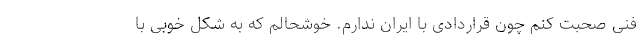
فنی صحبت کنم چون قراردادی با ایران ندارم. خوشحالم که به شکل خوبی با